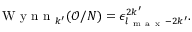
\mathrm { ~ W ~ y ~ n ~ n ~ } _ { k ^ { \prime } } ( \mathcal { O } / N ) = \epsilon _ { l _ { \mathrm { ~ m ~ a ~ x ~ } } - 2 k ^ { \prime } } ^ { 2 k ^ { \prime } } .